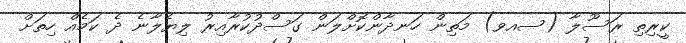
ކީރިތި ރަސޫލާ (ސއވ) މަތިން ހަނދާންކޮށްލަން ގަސްދުކުރާއިރު ލިޔެލާނެ ދެ ކަމެއް ހިތަށް